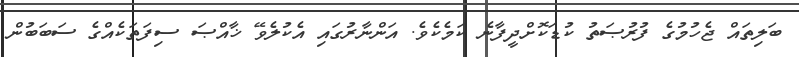
ބަލިތައް ޖެހުމުގެ ފުރުޞަތު ކުޑަކޮށްދީފާނެ ކަމެކެވެ. އަންނާރުގައި އެކުލެވޭ ޚާއްޞަ ސިފަތަކެއްގެ ސަބަބުން